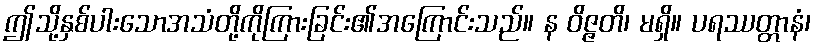
ဤသို့နှစ်ပါးသောအသံတို့ကိုကြားခြင်း၏အကြောင်းသည်။ န ဝိဇ္ဇတိ၊ မရှိ။ ပရဿတ္တာနံ၊